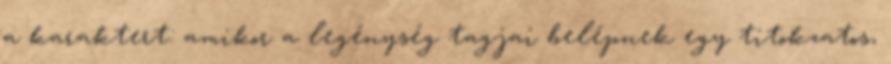
a karaktert: amikor a legénység tagjai belépnek egy titokzatos,